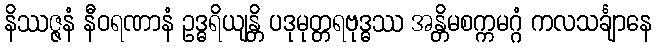
နိဿဇ္ဇနံ နီဝရဏာနံ ဥဒ္ဓရိယျန္တိ ပဒုမုတ္တရဗုဒ္ဓဿ အန္တိမစက္ကမဂ္ဂံ ကလသင်္ချာနေ